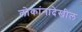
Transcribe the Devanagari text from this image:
लोकांनादेखील